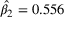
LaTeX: { \hat { \beta } } _ { 2 } = 0 . 5 5 6